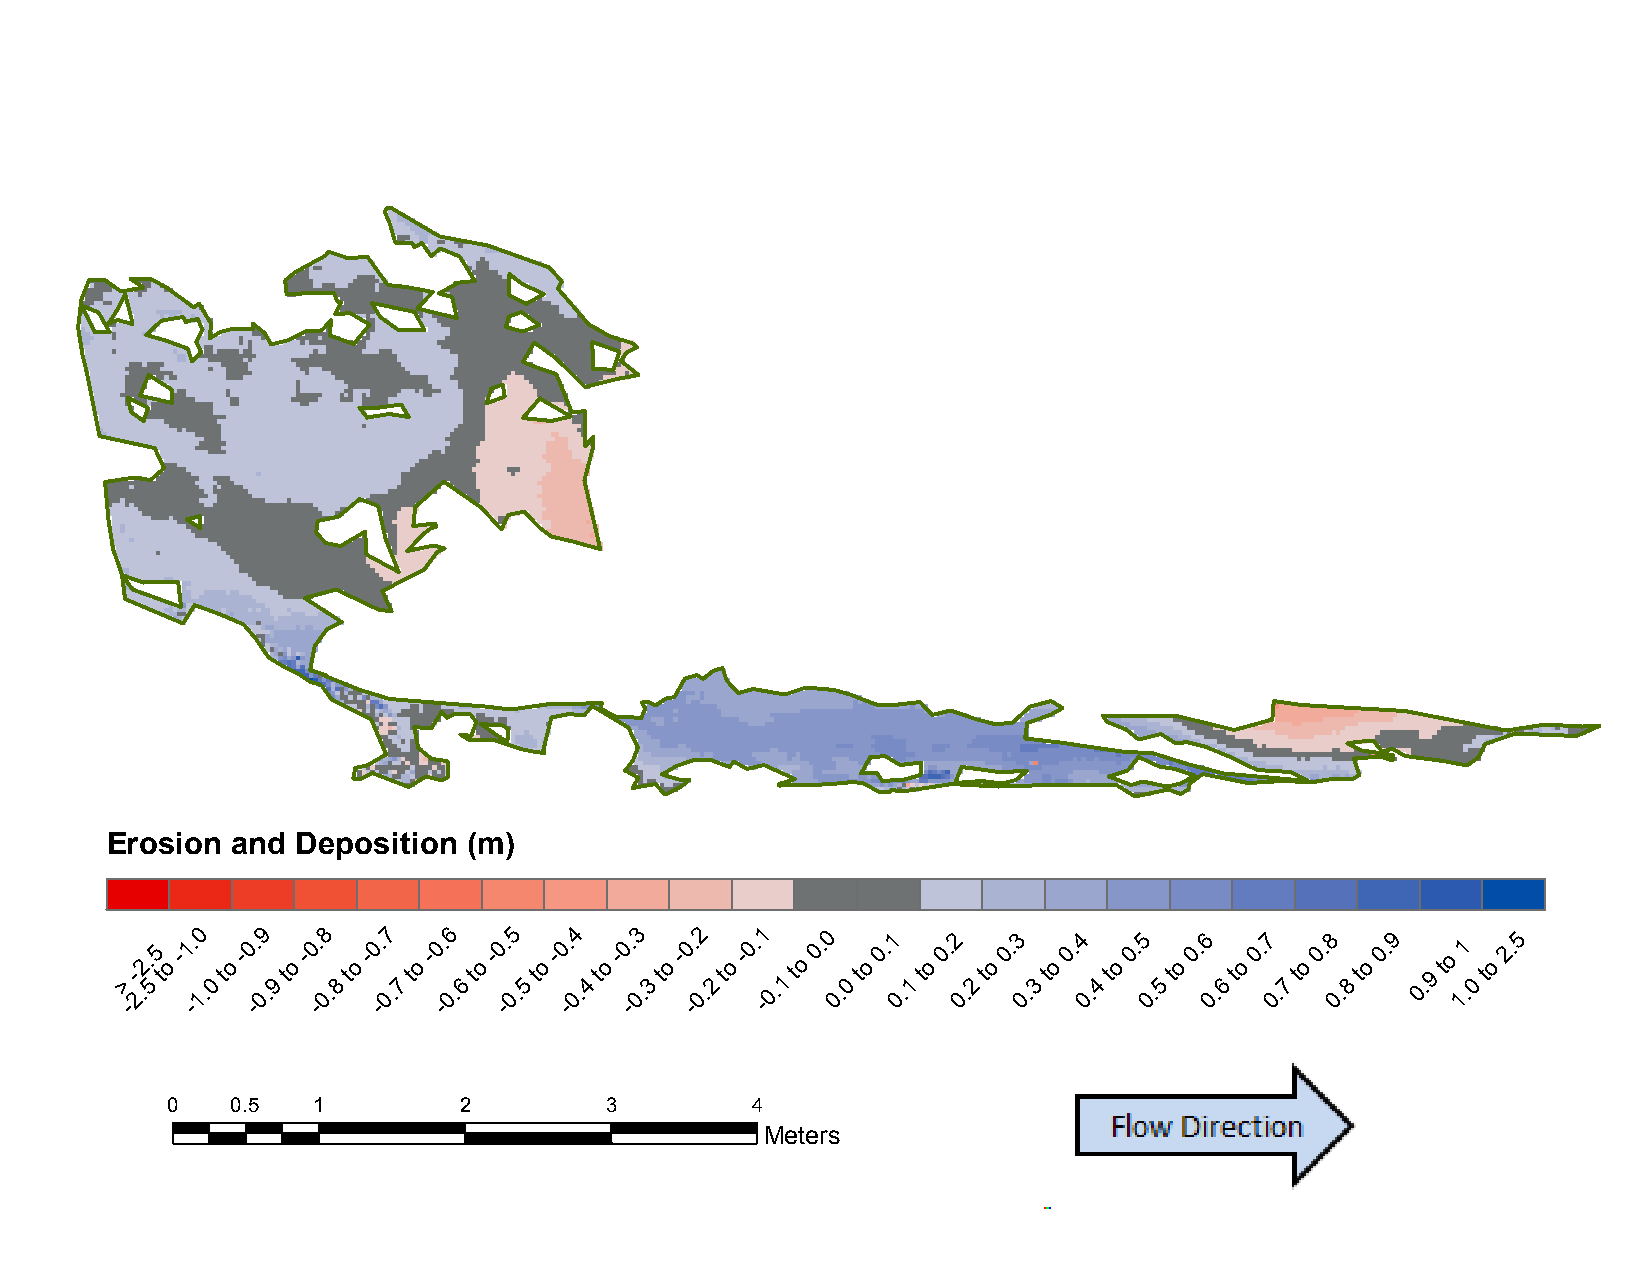
B15:     November           2013     to  April    2015
 Erosion and  Deposition (m)
 >
 -
 -
 2.2.
 5
 5
 t
 o
 -1 -. 10
 .0
 to
 -0 -. 09
 .9
 to
 -0 -. 08
 .8
 to
 -0 -. 07
 .7
 to
 -0 -. 06
 .6
 to
 -0 -. 05
 .5
 to
 -0 -. 04
 .4
 to
 -0 -. 03
 .3
 to
 -0 -. 02
 .2
 to
 -0. -1
 0.1
 to
 0. 0
 0.
 0
 to
 0.1
 0
 .1
 to
 0.2
 0
 .2
 to
 0.3
 0
 .3
 to
 0.4
 0.
 4
 to
 0.5
 0.
 5
 to
 0.6
 0.
 6
 to
 0.7
 0.
 7
 to
 0.8
 0.
 8
 to
 0.9
 0
 .9
 to
 11
 .0
 to
 2.5
 0   0.5   1        2         3         4
 Meters